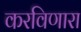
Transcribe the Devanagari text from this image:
करविणारा